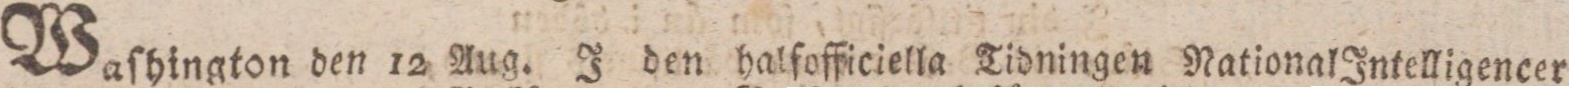
Waſhington den 12 Aug. J den halfofficiella Tidningen National Intelligencer